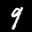
Label: 9